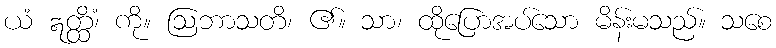
ယံ ဣတ္ထိံ၊ ကို။ ဩဘာသတိ၊ ၏။ သာ၊ ထိုပြောအပ်သော မိန်းမသည်။ သစေ